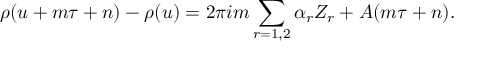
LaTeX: \rho ( u + m \tau + n ) - \rho ( u ) = 2 \pi i m \sum _ { r = 1 , 2 } \alpha _ { r } Z _ { r } + A ( m \tau + n ) .